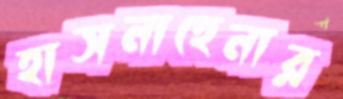
হাসনাহেনার